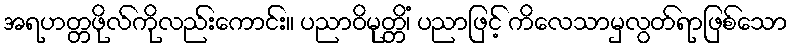
အရဟတ္တဖိုလ်ကိုလည်းကောင်း။ ပညာဝိမုတ္တိံ၊ ပညာဖြင့် ကိလေသာမှလွတ်ရာဖြစ်သော